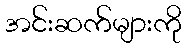
အင်းဆက်များကို